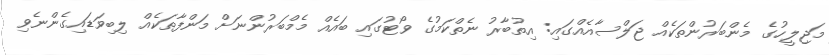
މަޖިލީހުގެ މެންބަރުންތަކެއް ޖަލްސާއެއްގައި: އިތުބާރު ނެތްކަމުގެ ވޯޓުގައި ބައެއް މެމްބަރުންނަށް މަންފާތަކެއް ލިބިވަޑައިގެންނެވި